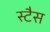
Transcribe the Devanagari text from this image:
स्टैस